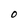
Character: O